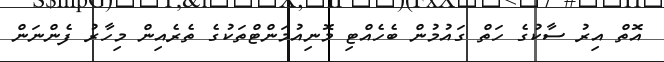
އޮތް އިރު ސާކުގެ ހަތް ގައުމުން ބެހެއްޓި މޮނިއުމަންޓްތަކުގެ ތެރެއިން މިހާރު ފެންނަން